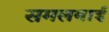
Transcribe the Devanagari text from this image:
समलबाई